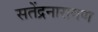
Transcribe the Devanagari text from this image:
सतेंद्रनारायण